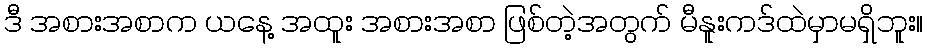
ဒီ အစားအစာက ယနေ့ အထူး အစားအစာ ဖြစ်တဲ့အတွက် မီနူးကဒ်ထဲမှာမရှိဘူး။